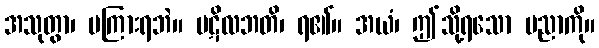
အသုတွာ၊ မကြားရဘဲ။ ပဋိလဘတိ၊ ရ၏။ အယံ၊ ဤသို့ရသော ပညာကို။